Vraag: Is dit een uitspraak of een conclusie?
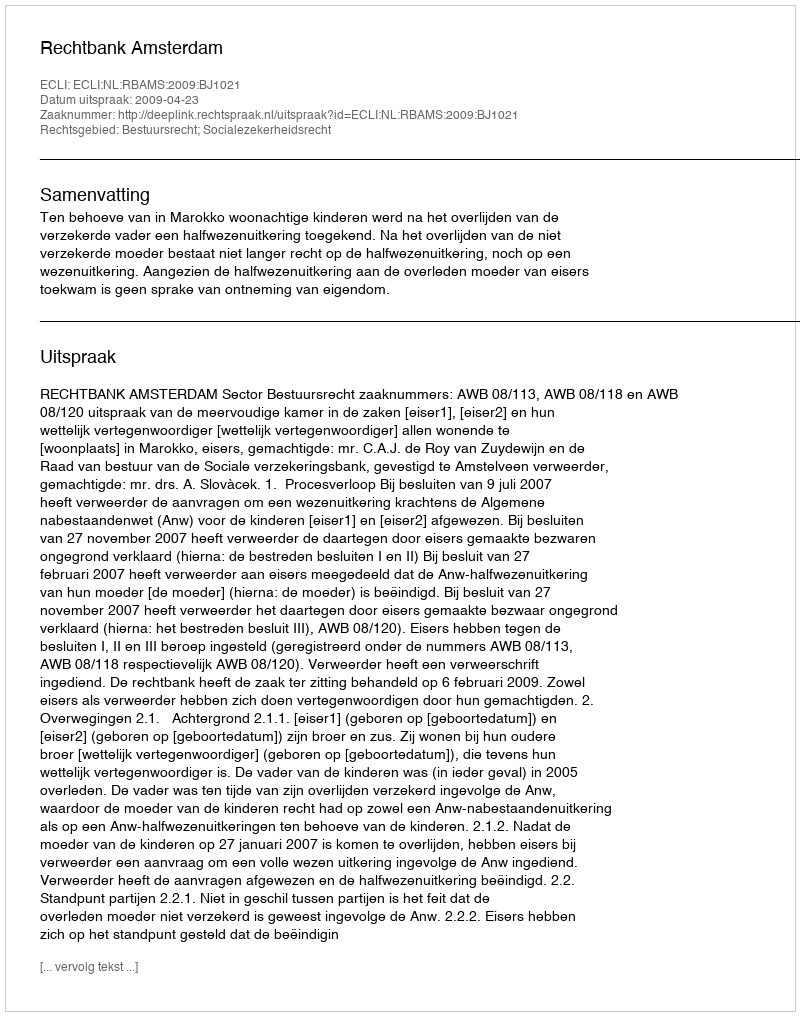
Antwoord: Uitspraak